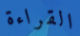
القراءة